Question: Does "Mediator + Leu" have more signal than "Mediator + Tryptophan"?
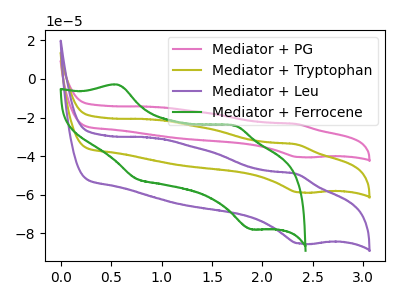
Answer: <think>The pink curve "Mediator + PG" has an anodic peak at (2.35V, -67.80uA) and a cathodic peak at (2.35V, -117.50uA). The olive curve "Mediator + Tryptophan" has an anodic peak at (2.35V, -33.90uA) and a cathodic peak at (2.35V, -58.75uA). The purple curve "Mediator + Leu" has an anodic peak at (2.35V, -49.20uA) and a cathodic peak at (2.35V, -85.20uA). The green curve "Mediator + Ferrocene" has anodic peaks at (0.55V, -3.00uA) (1.70V, -24.15uA) and cathodic peaks at (0.75V, -51.65uA) (1.90V, -77.85uA).
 All the peaks in "Mediator + Leu" have a peak in "Mediator + Tryptophan" at the same potential.</think>
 <answer>I cant tell if "Mediator + Leu" or "Mediator + Tryptophan" has more signal.</answer>
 <eval>mixed_signal</eval>